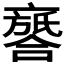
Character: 𠆖